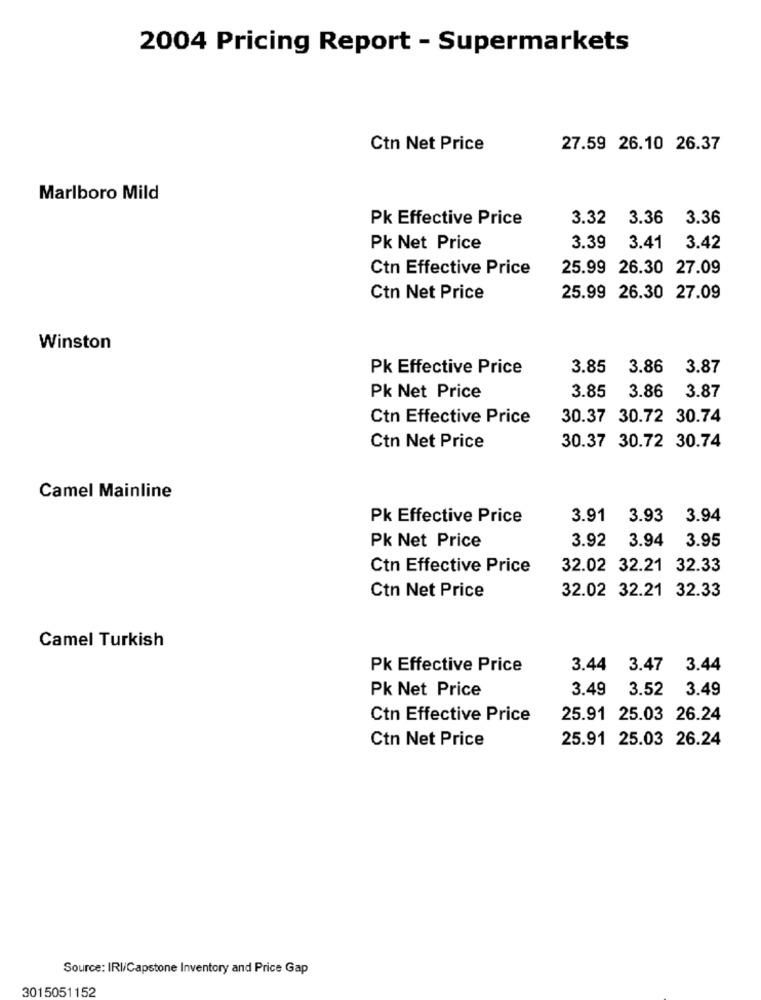
2004 Pricing Report - Supermarkets
Ctn Net Price
27.59 26.10 26.37
Marlboro Mild
Pk Effective Price
3.32
3.36
3.36
Pk Net Price
3.39
3.41
3.42
Ctn Effective Price
25.99 26.30 27.09
Ctn Net Price
25.99 26.30 27.09
Winston
Pk Effective Price
3.85
3.86
3.87
3.85
3.86
Pk Net Price
3.87
Ctn Effective Price
30.37 30.72 30.74
Ctn Net Price
30.37 30.72 30.74
Camel Mainline
Pk Effective Price
3.91
3.93
3.94
3.92
3.94
3.95
Pk Net Price
Ctn Effective Price
32.02 32.21 32.33
32.02 32.21 32.33
Ctn Net Price
Camel Turkish
Pk Effective Price
3.44 3.47 3.44
Pk Net Price
3.49
3.52
3.49
Ctn Effective Price
25.91 25.03 26.24
Ctn Net Price
25.91 25.03 26.24
Source: IRI/Capstone Inventory and Price Gap
3015051152